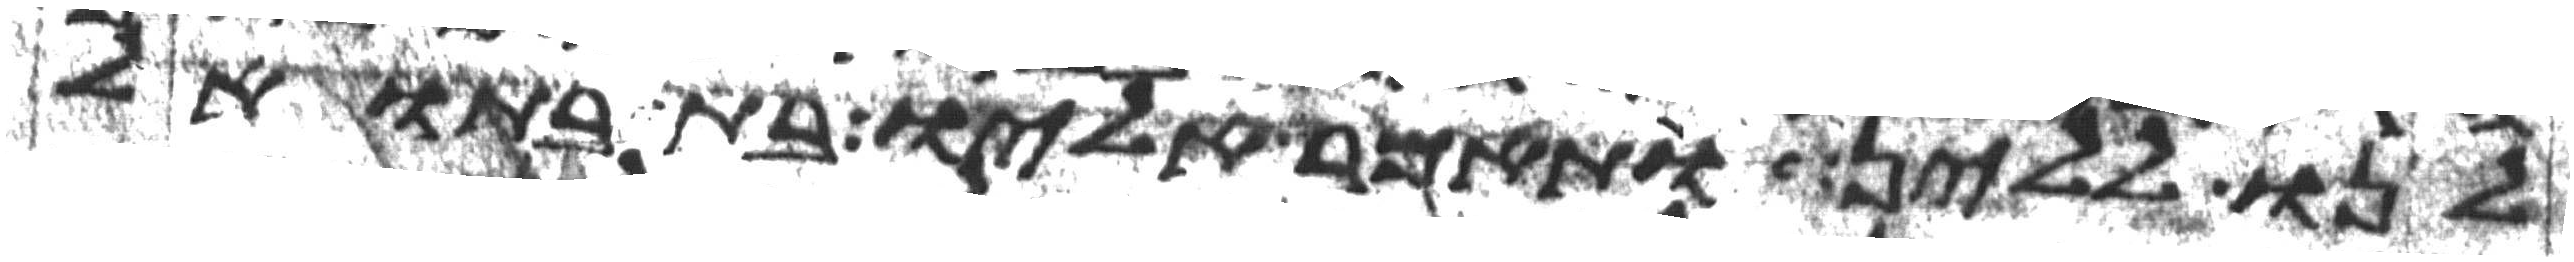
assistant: לנו ללין ותאמר אליו בת בתואל